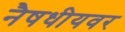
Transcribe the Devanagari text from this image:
नैषधीयवर